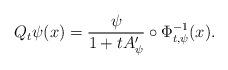
LaTeX: \begin{align*}Q_{t}\psi(x)=\frac{\psi}{1+tA'_{\psi}}\circ \Phi^{-1}_{t,\psi}(x).\end{align*}